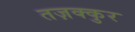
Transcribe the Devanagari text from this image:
तज़क्कुर